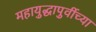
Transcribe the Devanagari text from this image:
महायुद्धापुर्वीच्या